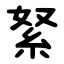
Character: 䋈